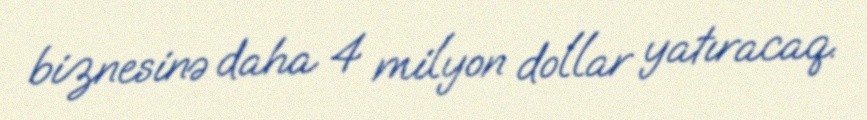
biznesinə daha 4 milyon dollar yatıracaq.